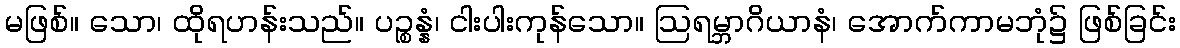
မဖြစ်။ သော၊ ထိုရဟန်းသည်။ ပဉ္စန္နံ၊ ငါးပါးကုန်သော။ ဩရမ္ဘာဂိယာနံ၊ အောက်ကာမဘုံ၌ ဖြစ်ခြင်း